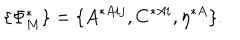
\{ \Phi _ { M } ^ { * } \} = \{ A ^ { * A i j } , C ^ { * A i } , \eta ^ { * A } \} .